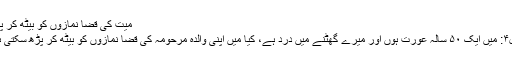
میت کی قضا نمازوں کو بیٹھ کر پڑھنا
سوال۴: میں ایک ۵۰ سالہ عورت ہوں اور میرے گھٹنے میں درد ہے، کیا میں اپنی والدہ مرحومہ کی قضا نمازوں کو بیٹھ کر پڑھ سکتی ہوں؟